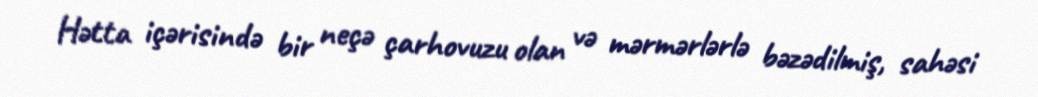
Hətta içərisində bir neçə çarhovuzu olan və mərmərlərlə bəzədilmiş, sahəsi